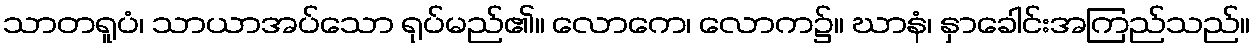
သာတရူပံ၊ သာယာအပ်သော ရုပ်မည်၏။ လောကေ၊ လောက၌။ ဃာနံ၊ နှာခေါင်းအကြည်သည်။